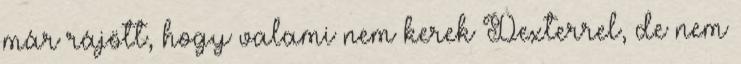
már rájött, hogy valami nem kerek Dexterrel, de nem